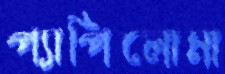
প্যাপিলোমা